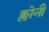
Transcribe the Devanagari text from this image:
क्लोनी